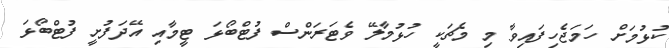
ކުޅުމަށް ހަމަޖެހިފައިވާ މި މެޗަކީ ހުޅުމާލޭ ވެޓަރަންސް ފުޓްބޯޅަ ޓީމާއި އޭދަފުށީ ފުޓްބޯޅަ